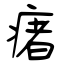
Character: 瘏